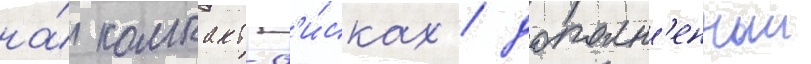
на́ компакт-д'и́сках / дополн'енныи